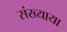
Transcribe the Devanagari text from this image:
संख्याया